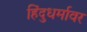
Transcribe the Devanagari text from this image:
हिंदुधर्मावर